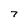
Character: 7